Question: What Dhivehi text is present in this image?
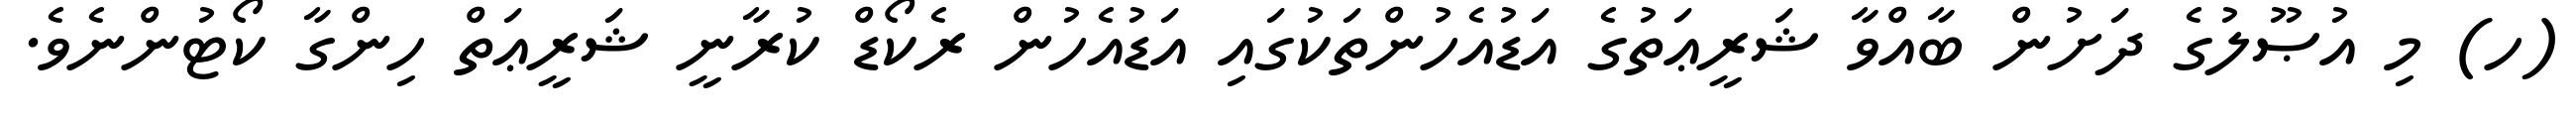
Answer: (ހ) މި އުޞޫލުގެ ދަށުން ބާއްވާ ޝަރީޢަތުގެ އަޑުއެހުންތަކުގައި އަޑުއެހުން ރެކޯޑް ކުރާނީ ޝަރީޢަތް ހިންގާ ކޯޓުންނެވެ.